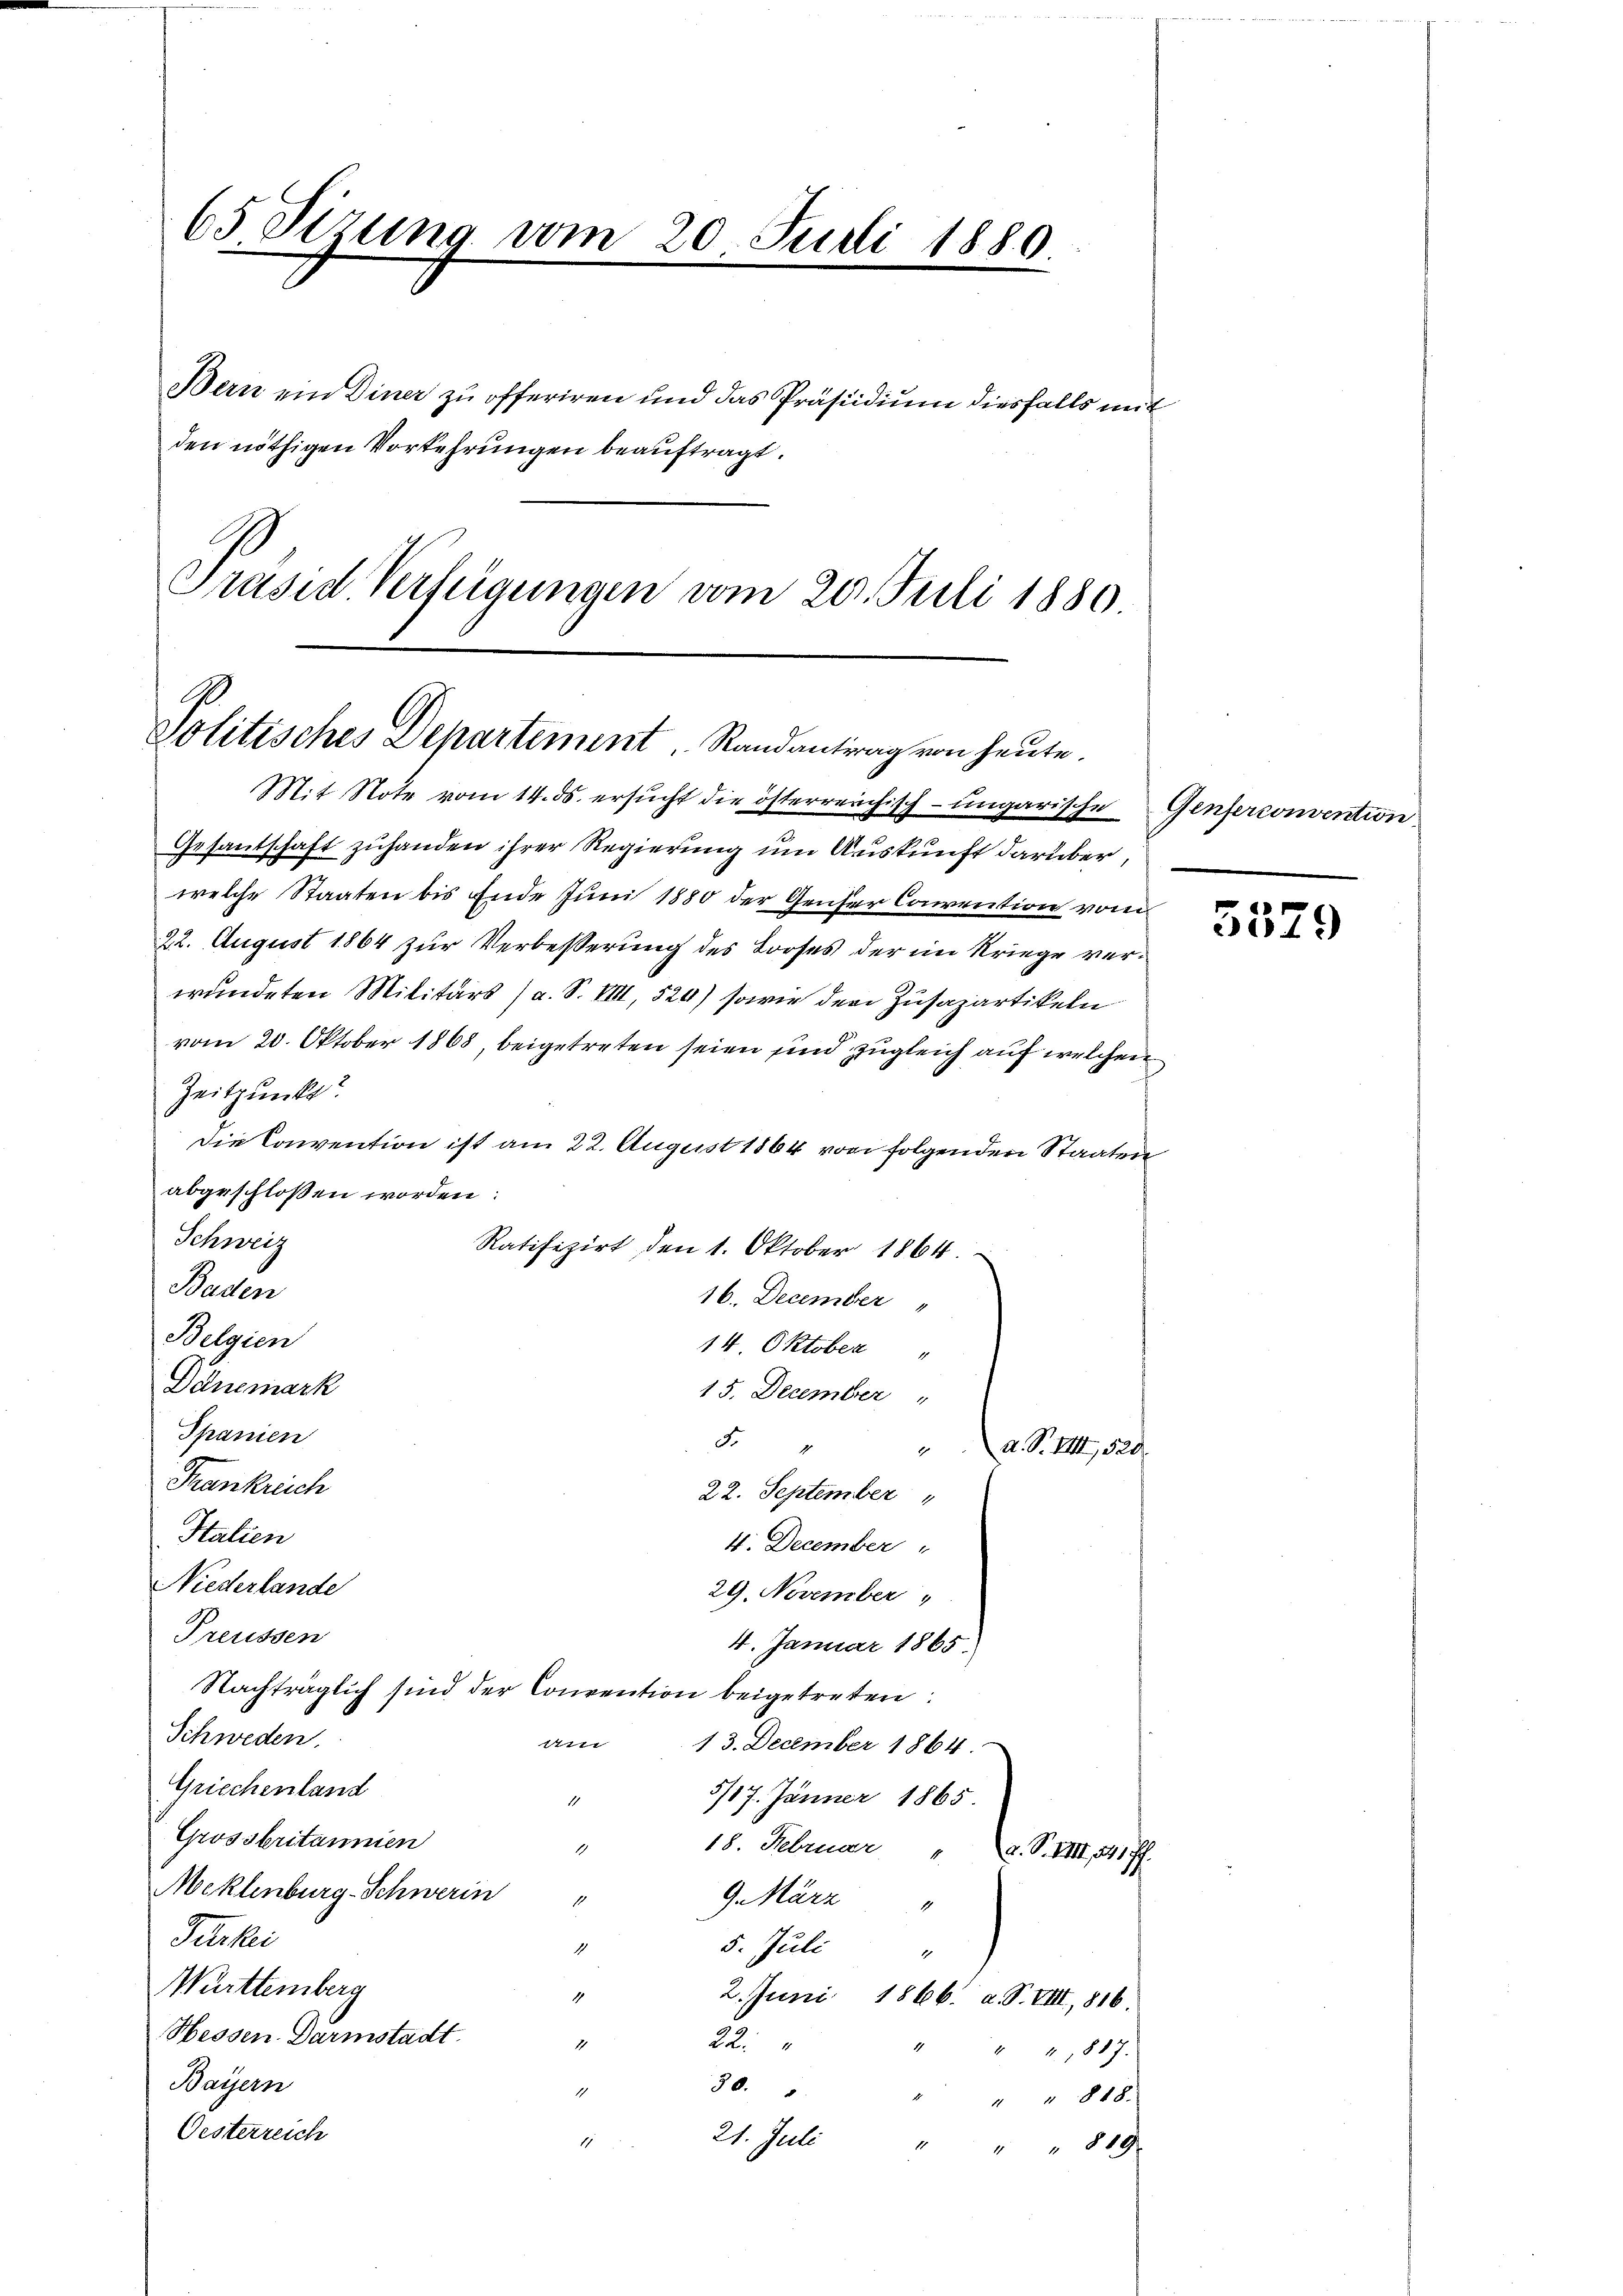
65 Sirung vom 20. Juli 1880
.
den nöthigen Vorkehrungen beauftragt.
1
Präsid. Verfügungen vom 20. Juli 1880.

Politisches Departement. Randantrag von heute.

Bern ein Diner zu offeriren und das Präsidium diesfalls im

Mit Note vom 14. ds. ersŭcht die österreichisch-ungarische Genferconvention
Gesantschaft zuhanden ihrer Regierung um Auskunft darüber,
welche Staaten bis Ende Juni 1880 der Gener Convention von
22. August 1864 zur Verbesserung des Looses der im Kriege verwundeten Militärs (a. S. VIII, 520) sowie der Zusazartikeln
vom 20. Oktober 1868, beigetreten seien sind zugleich auf welchen
Zeitpunkt
Die Convention ist am 22. August 1864 von folgenden Staaten
abgeschlossen worden:
Schweig
Ratifizirt den 1. Oktober 1864.
Baden
16. December
Belgien
14. Oktober "
Dänemark
15. December
Spanien
8.4
Frankreich
22. September
Stalien
4. December
NNiederlande
29. November
Preussen
4. Januar 1865.
Nachträglich sind der Convention beigetreten:
Schweden.
am
13. December 1864.
Griechenland
5/17. Jänner 1865
1
Grossbritanien
1
18. Februar 2. S. VIII 541 ff.
Meklenburg-Schwerin
9. März
1
1
Parkei
5. Juli
1
Württemberg
4
2. Juni 1866. d. S. VIII, 816.
Hessen-Darmstadt.
22.
1
" 4. 1817.
Bayern
30.
1
" " 818.
Oesterreich
21. Juli
1
" 819

a. S. I, 520.

3579